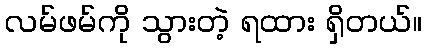
လမ်ဖမ်ကို သွားတဲ့ ရထား ရှိတယ်။